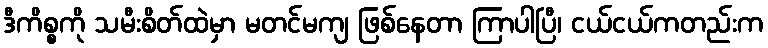
ဒီကိစ္စကို သမီးစိတ်ထဲမှာ မတင်မကျ ဖြစ်နေတာ ကြာပါပြီ၊ ငယ်ငယ်ကတည်းက